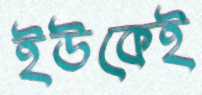
ইউকেই